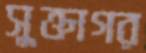
সুক্তাগর